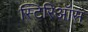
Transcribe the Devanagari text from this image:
स्टिरिऑस